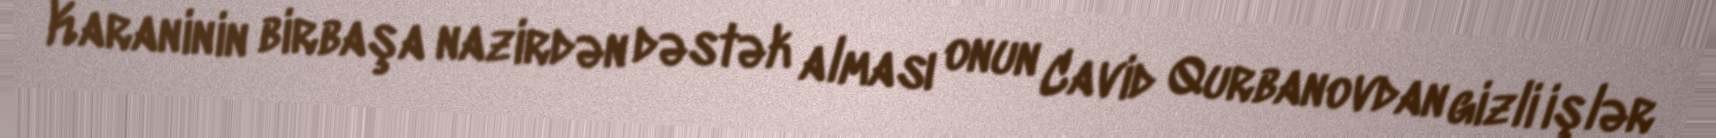
Karaninin birbaşa nazirdən dəstək alması onun Cavid Qurbanovdan gizli işlər